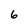
Character: 6